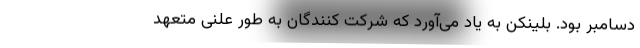
دسامبر بود. بلینکن به یاد می‌آورد که شرکت کنندگان به طور علنی متعهد